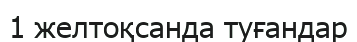
1 желтоқсанда туғандар